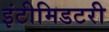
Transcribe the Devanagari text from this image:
इंटीमिडटरी